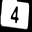
Digit: 4